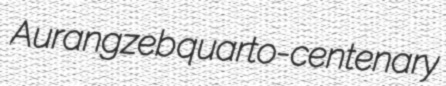
Aurangzeb quarto-centenary